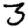
Digit: 3